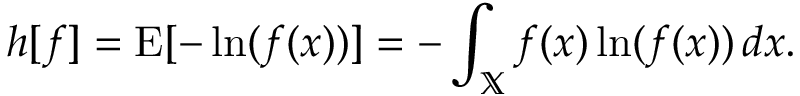
h [ f ] = \operatorname { E } [ - \ln ( f ( x ) ) ] = - \int _ { \mathbb { X } } f ( x ) \ln ( f ( x ) ) \, d x .